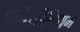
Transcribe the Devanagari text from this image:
पेनिसीलियम